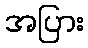
အပြား